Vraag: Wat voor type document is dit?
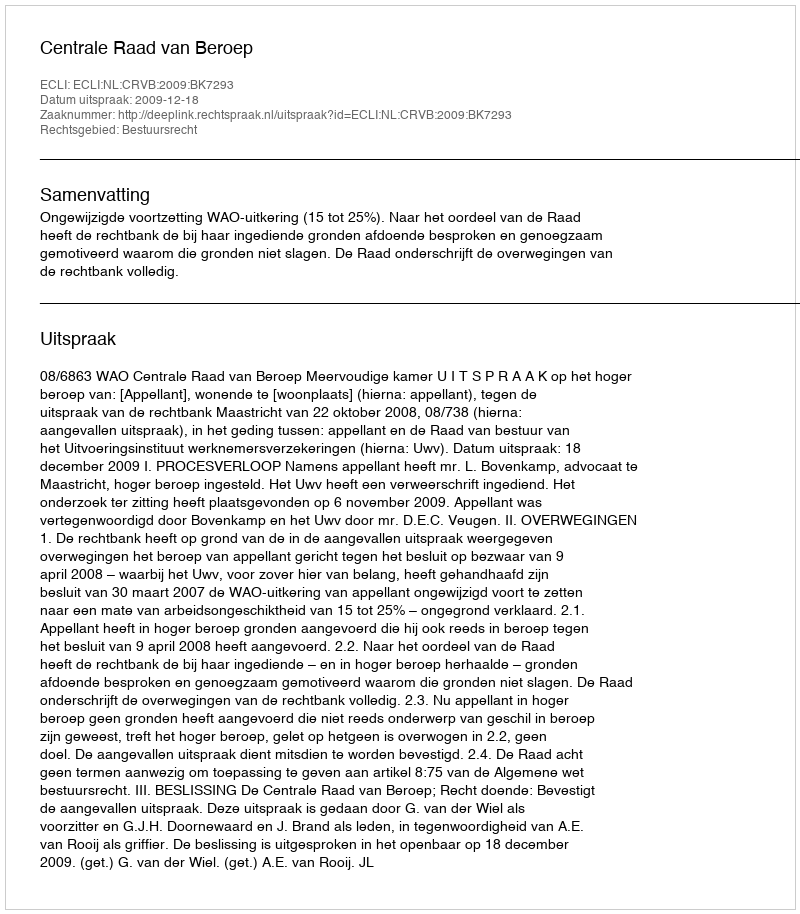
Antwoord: Uitspraak